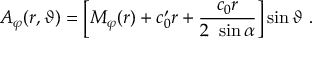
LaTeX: A _ { \varphi } ( r , \vartheta ) = \left[ M _ { \varphi } ( r ) + c _ { 0 } ^ { \prime } r + \frac { c _ { 0 } r } { 2 ~ \sin \alpha } \right] \sin \vartheta ~ .